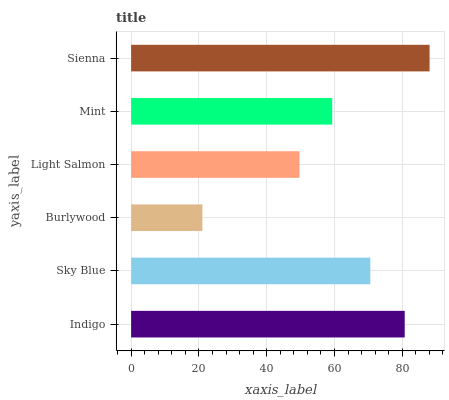
| yaxis_label | bars |
 | --- | --- |
 | Indigo | 80.7 |
 | Sky Blue | 70.6 |
 | Burlywood | 21 |
 | Light Salmon | 49.7 |
 | Mint | 59.3 |
 | Sienna | 88.1 |